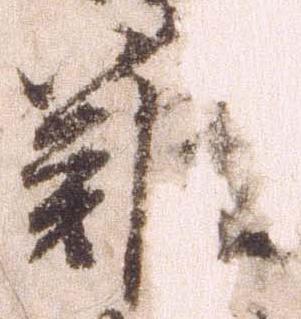
難